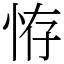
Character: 𢙨